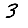
Digit: 3